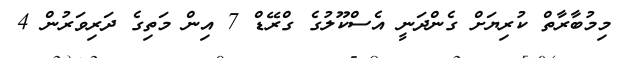
މިމުބާރާތް ކުރިޔަށް ގެންދަނީ އެސްކޫލުގެ ގްރޭޑް 7 އިން މަތިގެ ދަރިވަރުން 4